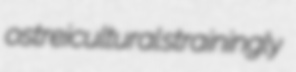
ostreicultural strainingly